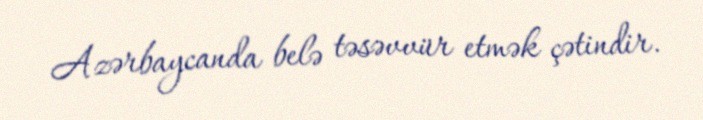
Azərbaycanda belə təsəvvür etmək çətindir.